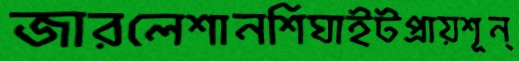
জারলেশানশিঘাইটপ্রায়শূন্